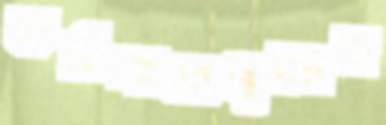
কর্মশালাগুলোয়